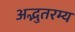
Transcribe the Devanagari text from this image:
अद्भुतरम्य